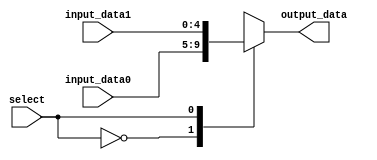
`timescale 1ns / 1ps

// Register 2 read select multiplexer
module read_mux(output_data, input_data0, input_data1, select);

parameter word_size = 5;

// inputs
input select;
input [word_size-1:0] input_data0, input_data1;

// output
output reg [word_size-1:0] output_data;

// select the input
always @(select or input_data0 or input_data1) begin
	case (select)
		0: output_data <= input_data0;
		1: output_data <= input_data1;
		default: output_data <= 0;
	endcase
end

endmodule